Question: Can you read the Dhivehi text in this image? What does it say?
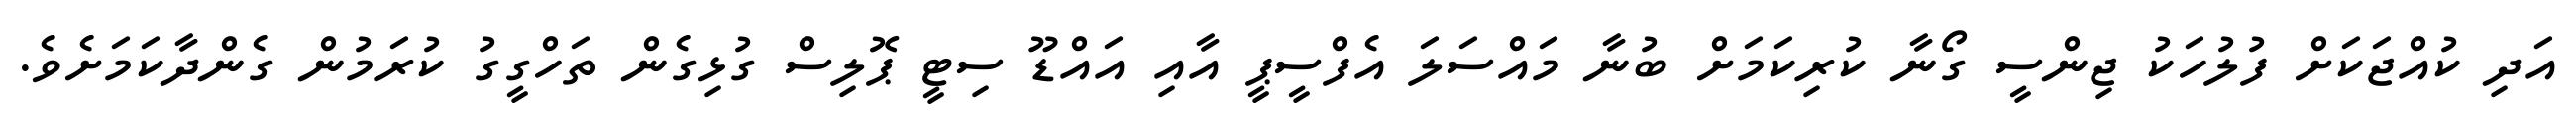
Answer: އަދި ކުއްޖަކަށް ފުލުހަކު ޖިންސީ ގޯނާ ކުރިކަމަށް ބުނާ މައްސަލަ އެފްސީޕީ އާއި އައްޑޫ ސިޓީ ޕޮލިސް ގުޅިގެން ތަހްގީގު ކުރަމުން ގެންދާކަމަށެވެ.